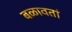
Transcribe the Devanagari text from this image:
बळावतां